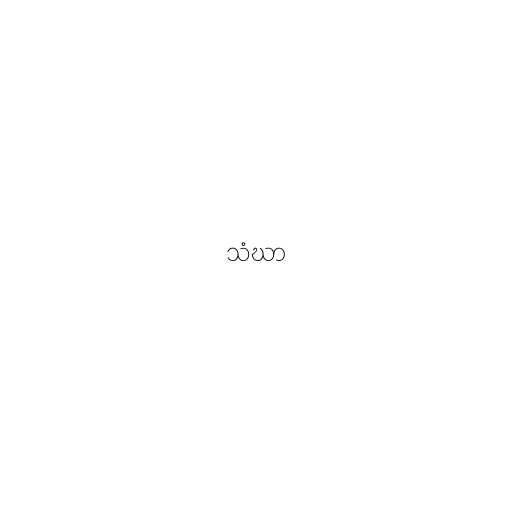
သံဃာ